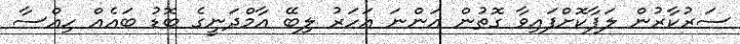
ސަރުކާރުން ލަފާކޮށްފައިވާ ގޮތުން އަންނަ އަހަރު ލިބޭ އާމްދަނީގެ ބޮޑު ބައެއް ހިއްސާ